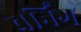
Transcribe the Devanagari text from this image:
चर्निंग